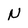
Character: N